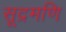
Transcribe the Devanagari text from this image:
सूद्रमणि